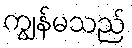
ကျွန်မသည်